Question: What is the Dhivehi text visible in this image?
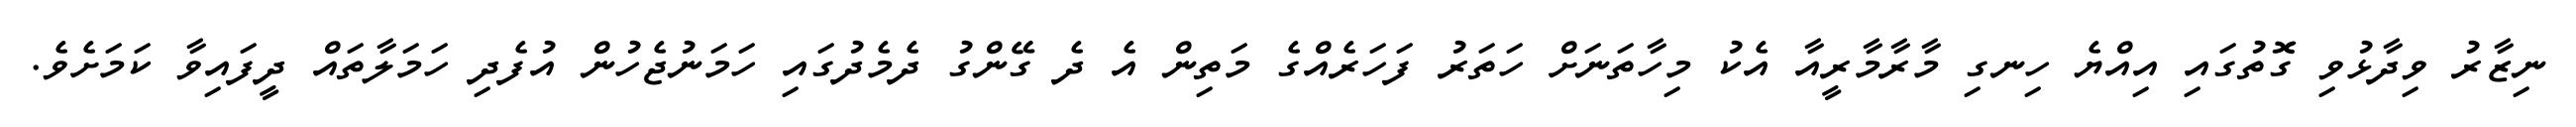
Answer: ނިޒާރު ވިދާޅުވި ގޮތުގައި އިއްޔެ ހިނގި މާރާމާރީއާ އެކު މިހާތަނަށް ހަތަރު ފަހަރެއްގެ މަތިން އެ ދެ ގޭންގު ދެމެދުގައި ހަމަނުޖެހުން އުފެދި ހަމަލާތައް ދީފައިވާ ކަމަށެވެ.